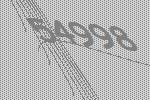
54998